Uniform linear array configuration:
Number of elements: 24
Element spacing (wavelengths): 0.25
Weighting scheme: binomial
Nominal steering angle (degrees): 45
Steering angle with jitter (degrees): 43.675
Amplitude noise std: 0.05
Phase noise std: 0.05

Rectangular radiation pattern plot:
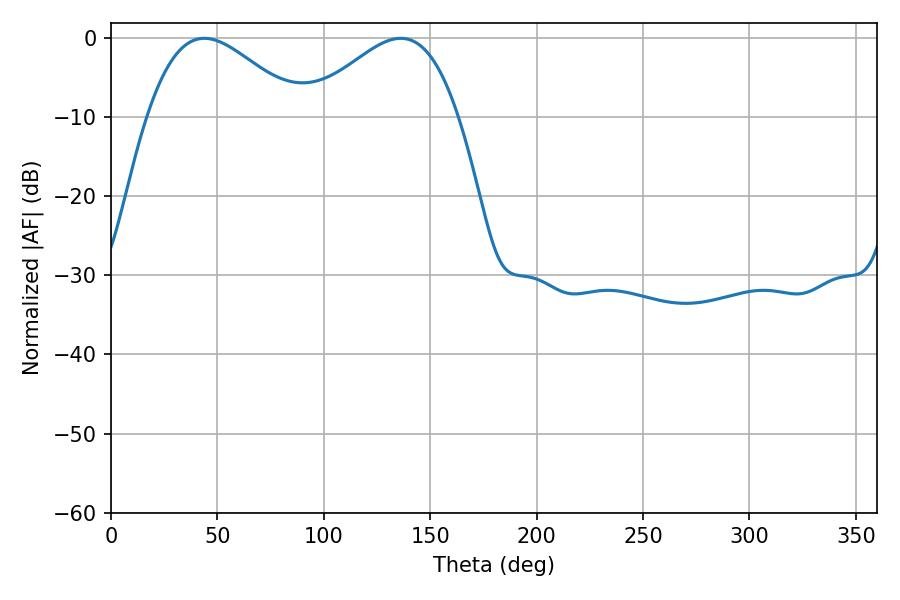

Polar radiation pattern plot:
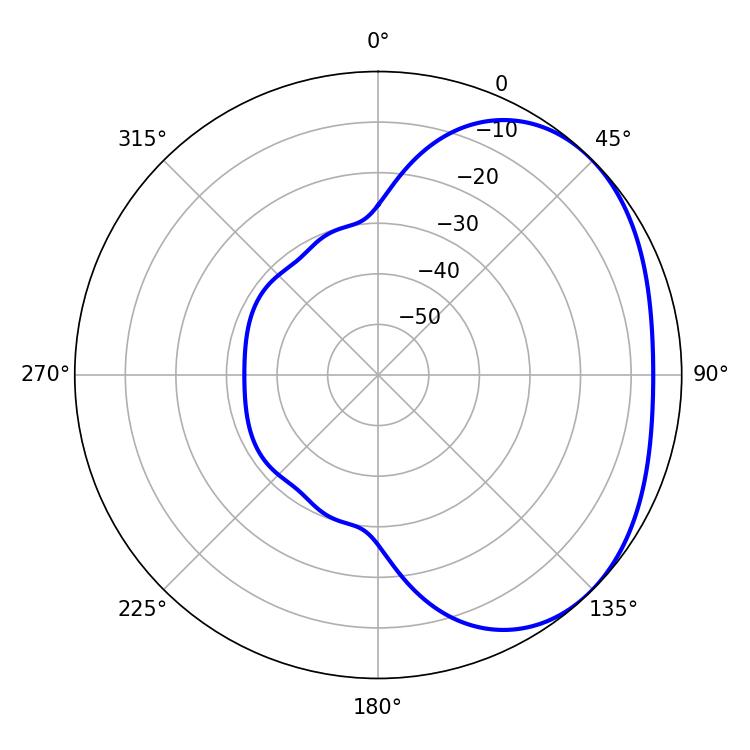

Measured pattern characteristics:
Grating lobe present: FALSE
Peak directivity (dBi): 2.651
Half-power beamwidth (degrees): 38.34
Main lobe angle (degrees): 43.92